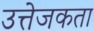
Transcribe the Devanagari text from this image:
उत्तेजकता